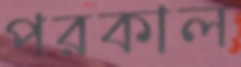
পরকাল